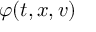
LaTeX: \varphi ( t , x , v )